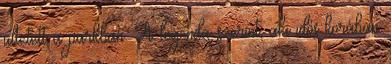
ültetett a parkban. A legenda szerint, aki idős korában